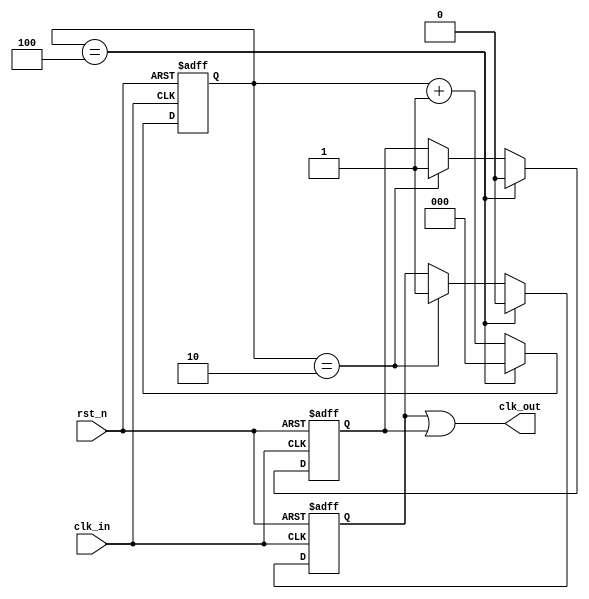
`timescale 1ns/1ns

module clk_divider
    #(parameter dividor = 5)
( 	input clk_in,
	input rst_n,
	output clk_out
);
    reg [$clog2(dividor)-1'b1 : 0] cnt;
    reg clk1, clk2;
    
    always@(posedge clk_in or negedge rst_n)
        if(!rst_n)
            cnt <= 'b0;
        else if(cnt == dividor-1'b1)
            cnt <= 'b0;
        else
            cnt <= cnt + 1'b1;
    
    always@(posedge clk_in or negedge rst_n)
        if(!rst_n)
            clk1 <= 1'b0;
        else if(cnt == dividor-1'b1)
            clk1 <= 1'b0;
        else if(cnt == dividor >> 1'b1)
            clk1 <= 1'b1;
        else
            clk1 <= clk1;
    
    always@(negedge clk_in or negedge rst_n)
        if(!rst_n)
            clk2 <= 1'b0;
        else if(cnt == dividor-1'b1)
            clk2 <= 1'b0;
        else if(cnt == dividor >> 1'b1)
            clk2 <= 1'b1;
        else
            clk2 <= clk2;
    
    assign clk_out = clk1 | clk2;
    
endmodule